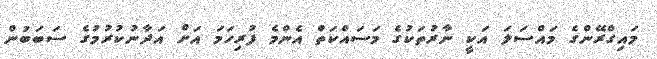
މައިގްރޭންގެ މައްސަަލަ އަކީ ނާރުތަކުގެ މަސައްކަތް އެންމެ ފުރިހަަމަ އަށް އަދާނުކުރުމުގެ ސަބަބުން